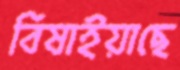
বিষাইয়াছে